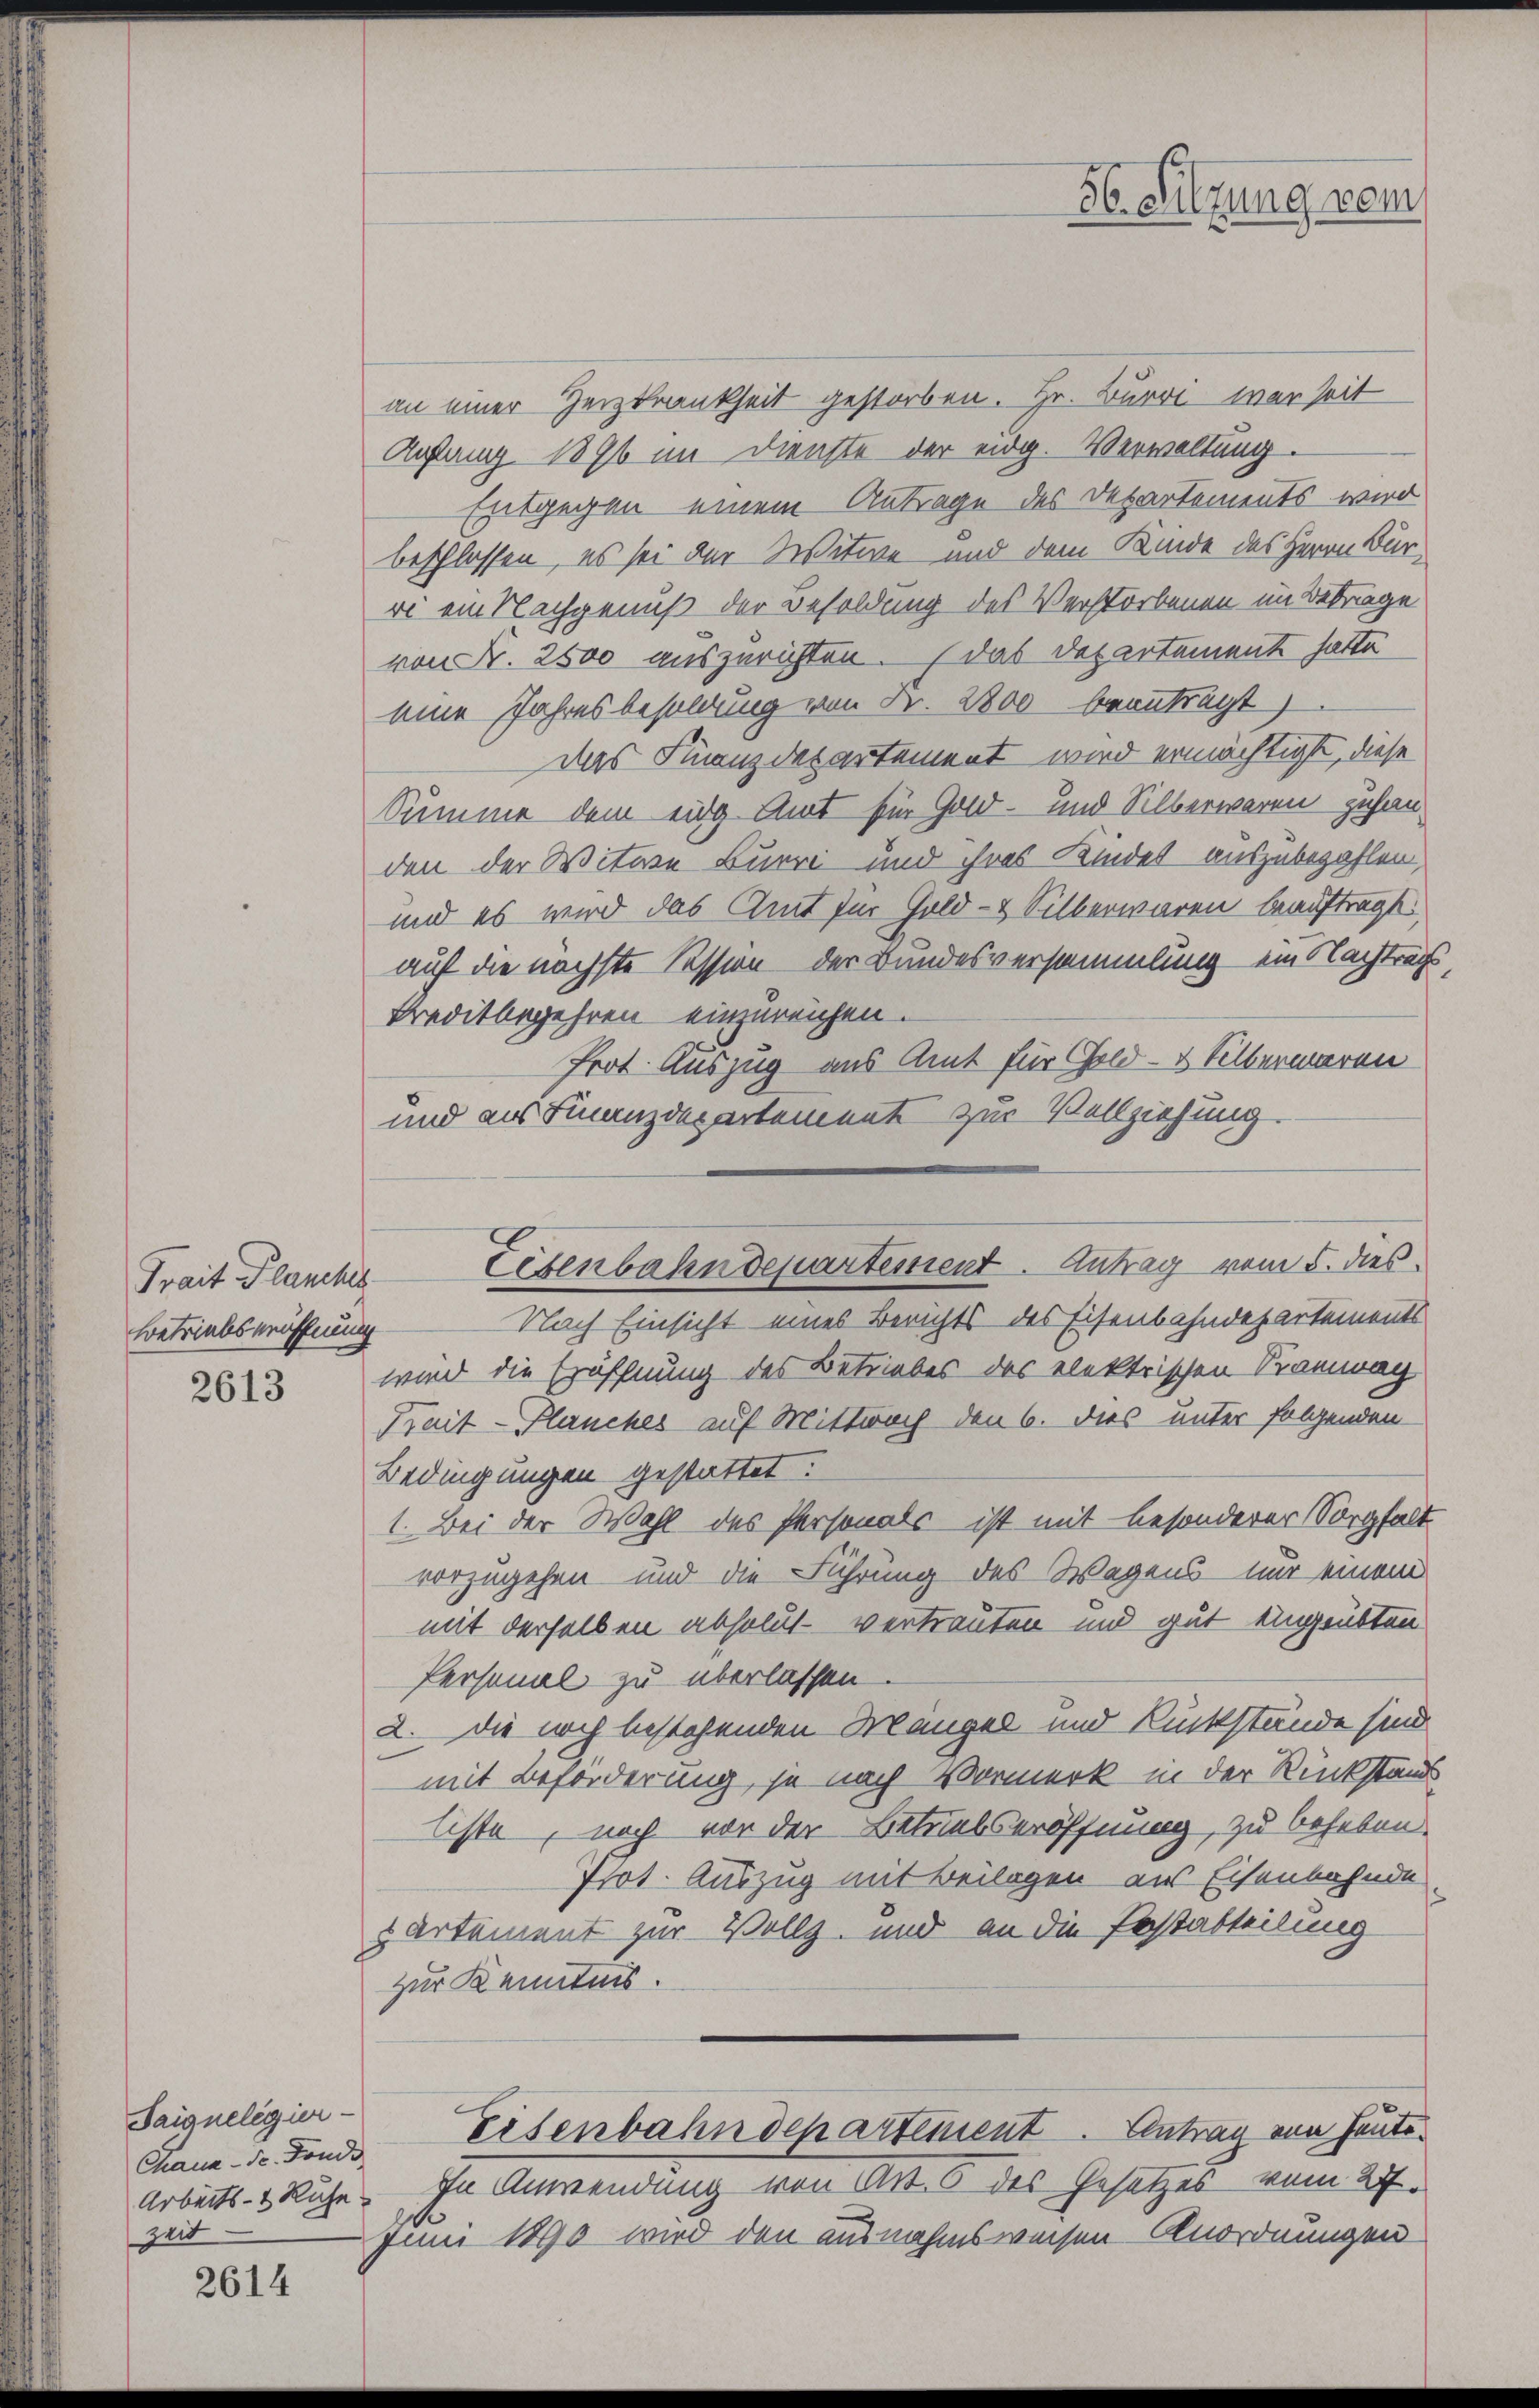
Frait Planches
Betriebseröffnung

2613

Taignelegier
Chaux-Sc. Fonds,
zeit

2614

56. Sitzung vom

an einer Heizkrankheit gestorben. Hr. Burri war seit
Anfang 1896 im Dienste der eidg. Verwaltung.
Entgegen einem Antrage des Departements wird
beschlossen, es sei der Witwe und dem Kinde des Herrn Bur-
ri am Nachgenuß der Besoldung des Verstorbenen im Betrage
von Nr. 2500 auszurichten. Das Departement hatte
eine Jahresbesoldung von Fr. 2800 beantragt)
das Finanzdepartement wird ermächtigt, diese
Summe dem eidg Amt für Gold- und Silberwaren zuhanden der Witwe Burri und ihres Kindet auszubezahlen,
und es wird das Amt für Gold- & Silberwaren beauftragt,
auf die nächste Session der Bundesversammlung ein Nachtrags
Kreditbegehren einzureichen.
Prot. Auszug aus Amt für Gold- & Silberwaren
und aus Finanzdepartement zur Vollziehung.

Nach Einsicht eines Berichts des Eisenbahndepartements
wird die Eröffnung des Betriebes des elektrischen Tramwag
Prait - Planches auf Mittwoch den 6. dies unter folgenden
Bedingungen gestattet:
1. Bei der Wahl des Personals ist mit besonderer Sorgfalt
vorzugehen und die Führung des Wegens – nur einem
mit derselben absolut vertrauten und gut eingeübten
Personal zu überlassen.
2. die noch bestehenden Mangel und Rückstände sind
mit Beförderung, je nach Vormerk in der Rückstands
liste, noch von der Betriebseröffnung, zu beheben.
Prot. Auszug mit Beilagen aus Eisenbahnde
artement zur Vollz- und an die Festabteilung
zur Kenntnis.
Eisenbahndepartement. Antrag von heute
Arbeits- & Ruhe. In Anwendung von Art. 6 des Gesetzes vom 27.
Juni 1890 wird den ausnahmsweisen Anordnungen

Eisenbahndepartement. Antrag vom 5. dies